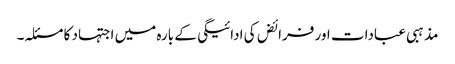
مذہبی عبادات اور فرائض کی ادائیگی کے بارہ میں اجتہاد کا مسئلہ۔